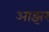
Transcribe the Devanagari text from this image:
आझर